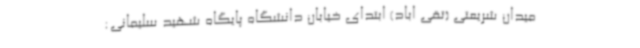
میدان شریعتی (تقی اباد) ابتدای خیابان دانشگاه پایگاه شهید سلیمانی: